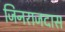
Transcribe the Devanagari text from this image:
जिनराजदास